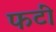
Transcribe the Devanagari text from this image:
फटीं